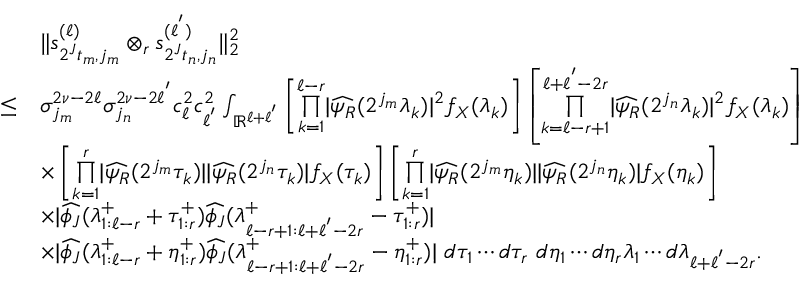
\begin{array} { r l } & { \| s _ { 2 ^ { J } t _ { m } , j _ { m } } ^ { ( \ell ) } \otimes _ { r } s _ { 2 ^ { J } t _ { n } , j _ { n } } ^ { ( \ell ^ { ' } ) } \| _ { 2 } ^ { 2 } } \\ { \leq } & { \sigma _ { j _ { m } } ^ { 2 \nu - 2 \ell } \sigma _ { j _ { n } } ^ { 2 \nu - 2 \ell ^ { ' } } c _ { \ell } ^ { 2 } c _ { \ell ^ { ' } } ^ { 2 } \int _ { \mathbb { R } ^ { \ell + \ell ^ { ' } } } \left[ \overset { \ell - r } { \underset { k = 1 } { \prod } } | \widehat { \psi _ { R } } ( 2 ^ { j _ { m } } \lambda _ { k } ) | ^ { 2 } f _ { X } ( \lambda _ { k } ) \right] \left[ \overset { \ell + \ell ^ { ' } - 2 r } { \underset { k = \ell - r + 1 } { \prod } } | \widehat { \psi _ { R } } ( 2 ^ { j _ { n } } \lambda _ { k } ) | ^ { 2 } f _ { X } ( \lambda _ { k } ) \right] } \\ & { \times \left[ \overset { r } { \underset { k = 1 } { \prod } } | \widehat { \psi _ { R } } ( 2 ^ { j _ { m } } \tau _ { k } ) | | \widehat { \psi _ { R } } ( 2 ^ { j _ { n } } \tau _ { k } ) | f _ { X } ( \tau _ { k } ) \right] \left[ \overset { r } { \underset { k = 1 } { \prod } } | \widehat { \psi _ { R } } ( 2 ^ { j _ { m } } \eta _ { k } ) | | \widehat { \psi _ { R } } ( 2 ^ { j _ { n } } \eta _ { k } ) | f _ { X } ( \eta _ { k } ) \right] } \\ & { \times | \widehat { \phi _ { J } } ( \lambda _ { 1 : \ell - r } ^ { + } + \tau _ { 1 : r } ^ { + } ) \widehat { \phi _ { J } } ( \lambda _ { \ell - r + 1 : \ell + \ell ^ { ' } - 2 r } ^ { + } - \tau _ { 1 : r } ^ { + } ) | } \\ & { \times | \widehat { \phi _ { J } } ( \lambda _ { 1 : \ell - r } ^ { + } + \eta _ { 1 : r } ^ { + } ) \widehat { \phi _ { J } } ( \lambda _ { \ell - r + 1 : \ell + \ell ^ { ' } - 2 r } ^ { + } - \eta _ { 1 : r } ^ { + } ) | \ d \tau _ { 1 } \cdots d \tau _ { r } \ d \eta _ { 1 } \cdots d \eta _ { r } \d \lambda _ { 1 } \cdots d \lambda _ { \ell + \ell ^ { ' } - 2 r } . } \end{array}